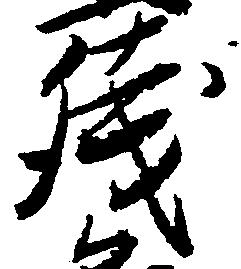
残